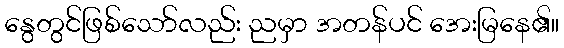
နွေတွင်ဖြစ်သော်လည်း ညမှာ အတန်ပင် အေးမြနေ၏။